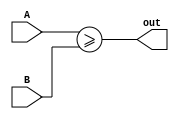
// This program was cloned from: https://github.com/steveicarus/ivtest
// License: GNU General Public License v2.0

module ge8(output wire out, input wire [7:0] A, input wire [7:0] B);

   assign out = A >= B;

endmodule